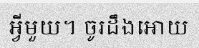
អ្វីមួយ។ ចូរដឹងអោយ